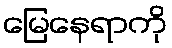
မြေနေရာကို